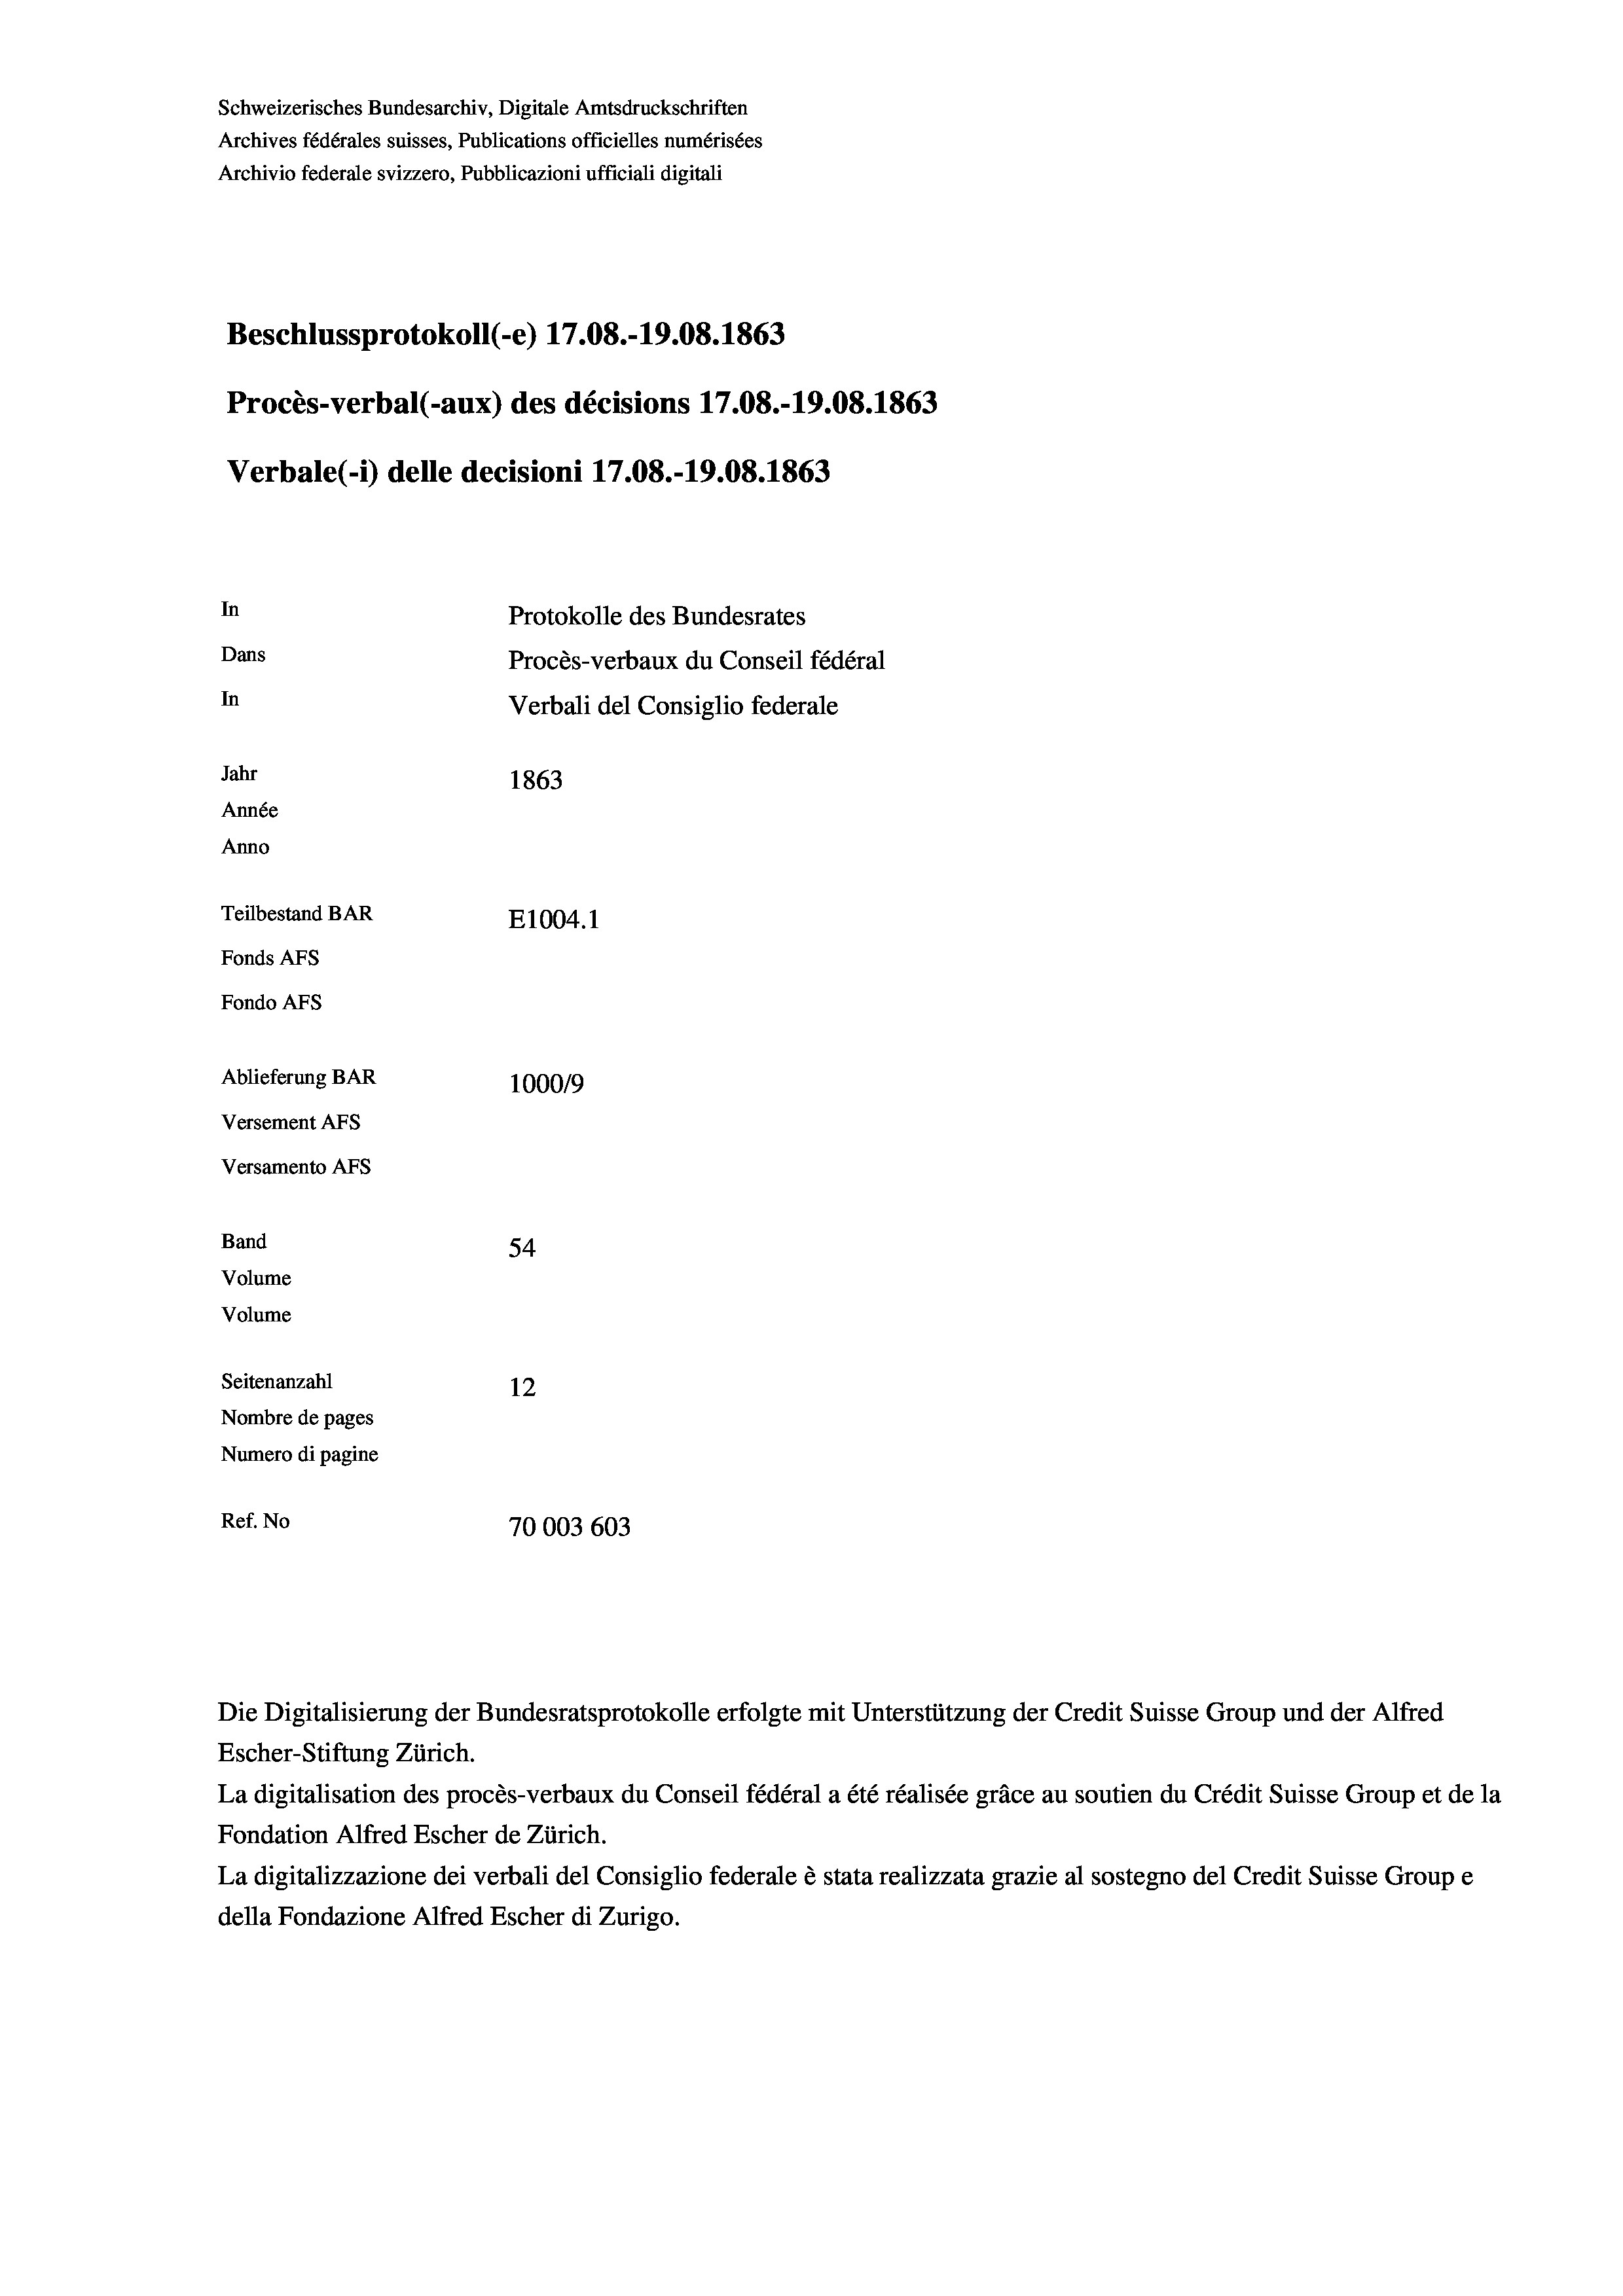
Schweizerisches Bundesarchiv, Digitale Amtsdruckschriften
Archives fédérales suisses, Publications officielles numérisées
Archivio federale svizzero, Pubblicazioni ufficiali digitali
Beschlussprotokoll (-e) 17.08.-19.08. 1863
Procès-verbal (-aux) des décisions 17.08.-19.08. 1863
Verbale (1) delle decisioni 17.08.-19.08. 1863
In
Protokolle des Bundesrates
Dans
Procès-verbaux du Conseil fédéral
In
Verbali del Consiglio federale
Jahr
1863
Année
Anno
Teilbestand BAR
E1004. 1
Fonds AFs
Fondo AFS
Ablieferung BAR
100019
Versement AFs
Versamento AFs
Band
54
Volume

Seitenanzahl
12
Nombre de pages
Numero di pagine
Ref. No
70003 603

Volume

Escher-Stiftung Zürich.
La digitalisation des procès-verbaux du Conseil fédéral a été réalisée gräce au soutien du Crédit Suisse Group et de la
Fondation Alfred Escher de Zürich.
La digitalizzazione dei verbali del Consiglio federale è stata realizzata grazie al sostegno del Credit Suisse Groupe
della Fondazione Alfred Escher di Zurigo.

Die Digitalisierung der Bundesratsprotokolle erfolgte mit Unterstützung der Credit Suisse Group und der Alfred